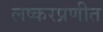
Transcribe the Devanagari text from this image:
लष्करप्रणीत